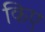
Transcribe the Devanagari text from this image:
किए